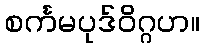
စင်္ကမပုဒ်ဝိဂ္ဂဟ။